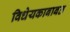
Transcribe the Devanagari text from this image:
विधेयकाबाबत